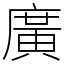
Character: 廣